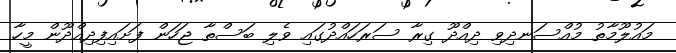
މައުލޫމާތު މުއްސަނދިވި ދިއްދޫ ގިރާ ސަރަހައްދުގައި ވެލި ބަސްތާ ޖަހަން ފަށައިފިދިއްދޫން މީހާ